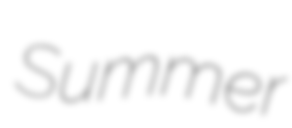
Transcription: Summer